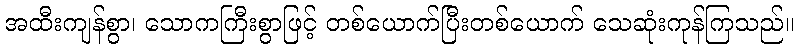
အထီးကျန်စွာ၊ သောကကြီးစွာဖြင့် တစ်ယောက်ပြီးတစ်ယောက် သေဆုံးကုန်ကြသည်။